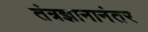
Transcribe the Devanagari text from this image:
तंत्रज्ञानानंतर